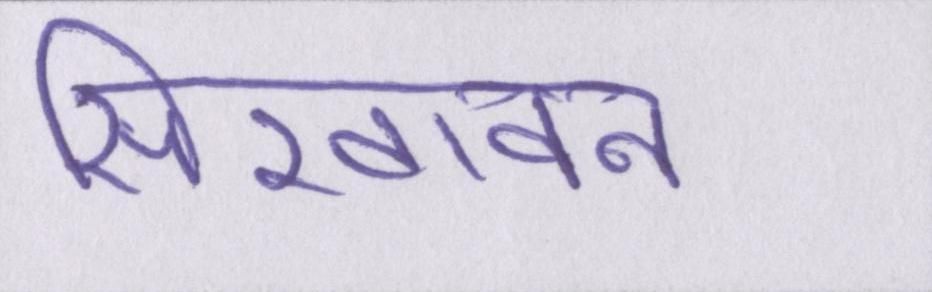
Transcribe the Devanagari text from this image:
सिखावन